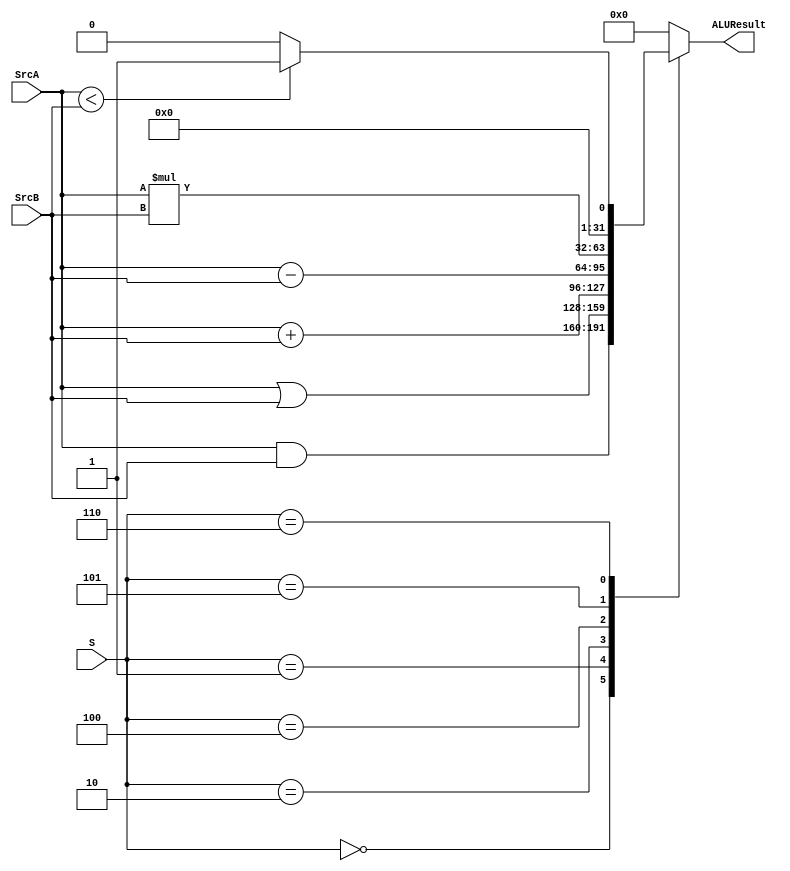
module ALU (
    input wire [31:0] SrcA,
    input wire [31:0] SrcB,
    input wire [2:0]   S,
    output reg [31:0] ALUResult
    //output reg        zeroflag    
);
/*
always @(*) begin
    if (ALUResult==0)
            zeroflag<=1;
    else    zeroflag<=0; 
end*/
always @(*) begin
    case (S)
3'b000 : ALUResult= SrcA & SrcB;
3'b001 : ALUResult= SrcA | SrcB;
3'b010 : ALUResult= SrcA + SrcB;
3'b100 : ALUResult= SrcA - SrcB;
3'b101 : ALUResult= SrcA * SrcB;
3'b110 : begin
        if (SrcA<SrcB)
            ALUResult=32'b1;
        else ALUResult=32'b0;
    end
default: ALUResult=32'b0;    
    endcase    
end
endmodule